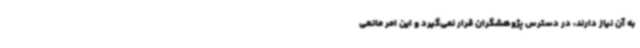
به آن نیاز دارند، در دسترس پژوهشگران قرار نمی‌گیرد و این امر مانعی